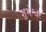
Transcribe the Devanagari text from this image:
शुभेश्वर